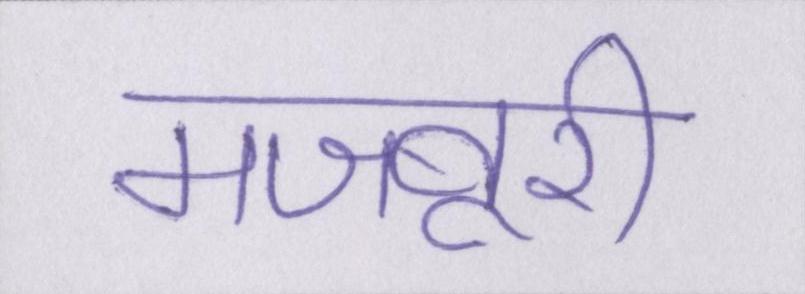
मजबूरी